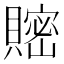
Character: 𧷦